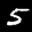
Label: 5